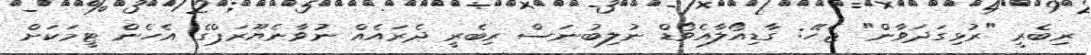
ރިބެރީ "ރުޅިގަދަވާން" ޖެހޭ: ގާޑިއޯލާއެވޯޑް ނުލިބުނަސް ރިބެރީ ދެރައެއް ނުވާނެޔޫރަޕްގެ އެހެން ޓީމަކަށް